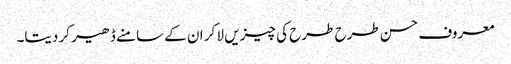
معروف حسن طرح طرح کی چیزیں لا کر ان کے سامنے ڈھیر کر دیتا۔